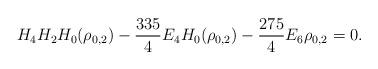
LaTeX: \begin{align*}H_4H_2H_0(\rho_{0,2})-\frac{335}4 E_4H_0(\rho_{0,2})-\frac{275}4E_6\rho_{0,2}=0.\end{align*}